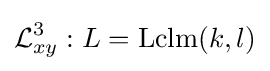
{\mathcal {L}}_{xy}^{3}:L=\operatorname {Lclm} (k,l)